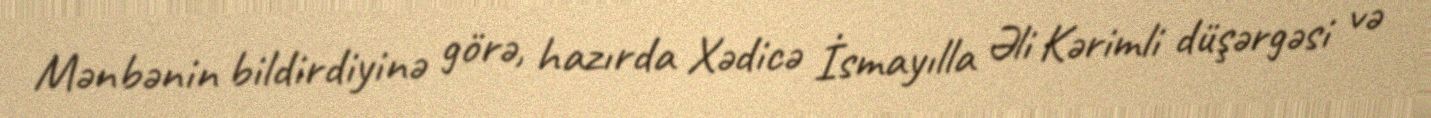
Mənbənin bildirdiyinə görə, hazırda Xədicə İsmayılla Əli Kərimli düşərgəsi və